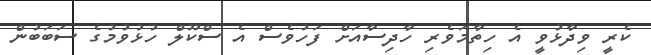
ކެރީ ވިދާޅުވީ އެ ހިތާމަވެރި ހާދިސާއަށް ފަހުވެސް އެ ސްކޫލް ހުޅުވުމުގެ ސަބަބުން